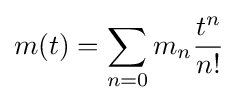
m(t)=\sum _{n=0}m_{n}{\frac {t^{n}}{n!}}